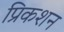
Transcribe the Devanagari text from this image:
प्रिकशन